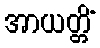
အာယတ္တိံ